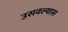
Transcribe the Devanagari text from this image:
उसवल्यास